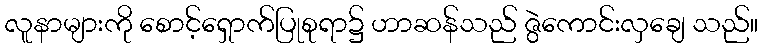
လူနာများကို စောင့်ရှောက်ပြုစုရာ၌ ဟာဆန်သည် ဇွဲကောင်းလှချေ သည်။